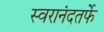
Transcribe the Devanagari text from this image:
स्वरानंदतर्फे